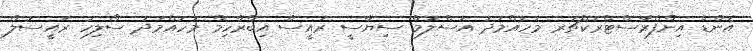
އެންޑް އިންފްރާސްޓްރަކްޗަރ މުހައްމަދު އަސްލަމް ސިޔާސީ ރައީސް އިބްރާހިމް މުހައްމަދު ސޯލިހު ރައީސުލް